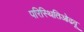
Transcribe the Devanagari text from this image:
परिस्थितिओढवू